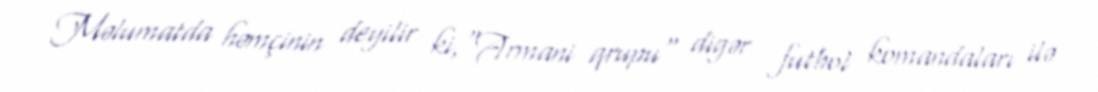
Məlumatda həmçinin deyilir ki,"Armani qrupu" digər futbol komandaları ilə